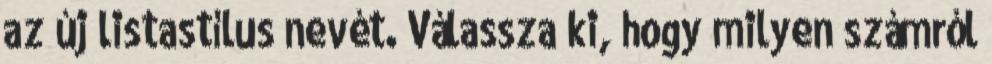
az új listastílus nevét. Válassza ki, hogy milyen számról